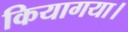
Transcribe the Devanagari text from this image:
कियागया।